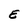
Character: E